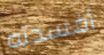
أفسدته